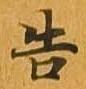
告